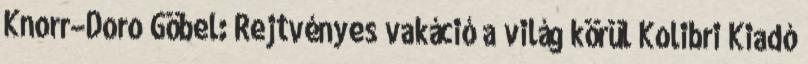
Knorr–Doro Göbel: Rejtvényes vakáció a világ körül Kolibri Kiadó